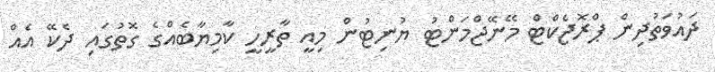
ދައުވަތުދިން ޕްރޮޖެކްޓް މޭނޭޖްމަންޓު ޔުނިޓުން މިއީ ތާރީހީ ކާމިޔާބެއްގެ ގޮތުގައި ދެކޭ އެއް